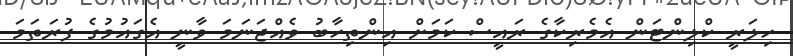
ހިލަރީ ކްލިންޓަން އެމެރިކާގެ ރައީސް ކަމަށް އިންތިހާބު ވެއްޖަނަމަ ވާނީ އެގައުމުގެ ފުރަތަމަ